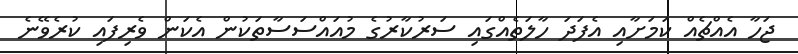
ޖަހާ އެއްޗެއް ކަމަށާއި އެފަދަ ހާލަތެއްގައި ސަރުކާރުގެ މުއައްސަސާތަކުން އެކަން ވެރިފައި ކުރެވޭނެ